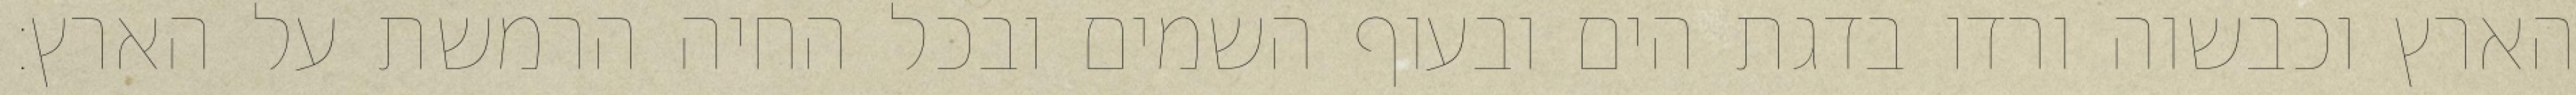
הארץ וכבשוה ורדו בדגת הים ובעוף השמים ובכל החיה הרמשת על הארץ׃